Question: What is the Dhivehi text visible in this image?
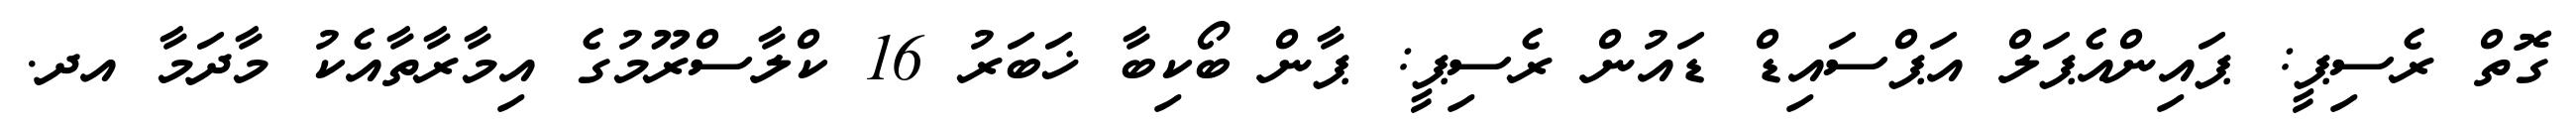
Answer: ގޮތް ރެސިޕީ: ޕައިންއެޕަލް އަޕްސައިޑް ޑައުން ރެސިޕީ: ޕާން ބޯކިބާ ޚަބަރު 16 ކްލާސްރޫމުގެ އިމާރާތާއެކު މާދަމާ އދ.